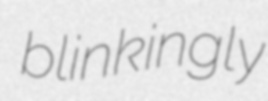
blinkingly